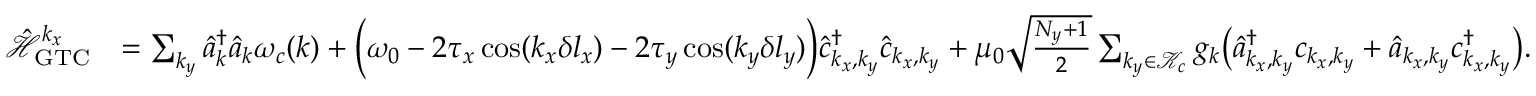
\begin{array} { r l } { \mathcal { \hat { H } } _ { \mathrm { G T C } } ^ { k _ { x } } } & { = \sum _ { k _ { y } } \hat { a } _ { \boldsymbol k } ^ { \dagger } \hat { a } _ { \boldsymbol k } \omega _ { c } ( { \boldsymbol k } ) + \Big ( \omega _ { 0 } - 2 \tau _ { x } \cos ( k _ { x } \delta l _ { x } ) - 2 \tau _ { y } \cos ( k _ { y } \delta l _ { y } ) \Big ) \hat { c } _ { k _ { x } , k _ { y } } ^ { \dagger } \hat { c } _ { k _ { x } , k _ { y } } + \mu _ { 0 } \sqrt { \frac { N _ { y } + 1 } { 2 } } \sum _ { k _ { y } \in \mathcal { K } _ { c } } { g _ { \boldsymbol k } } \big ( \hat { a } _ { k _ { x } , k _ { y } } ^ { \dagger } c _ { k _ { x } , k _ { y } } + \hat { a } _ { { k _ { x } , k _ { y } } } c _ { k _ { x } , k _ { y } } ^ { \dagger } \big ) . } \end{array}